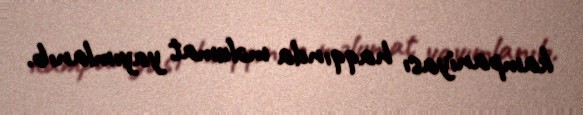
kampaniyası haqqında məlumat yayımlanıb.